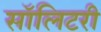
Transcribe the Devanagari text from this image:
सॉलिटरी